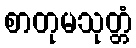
စာတုမသုတ္တံ